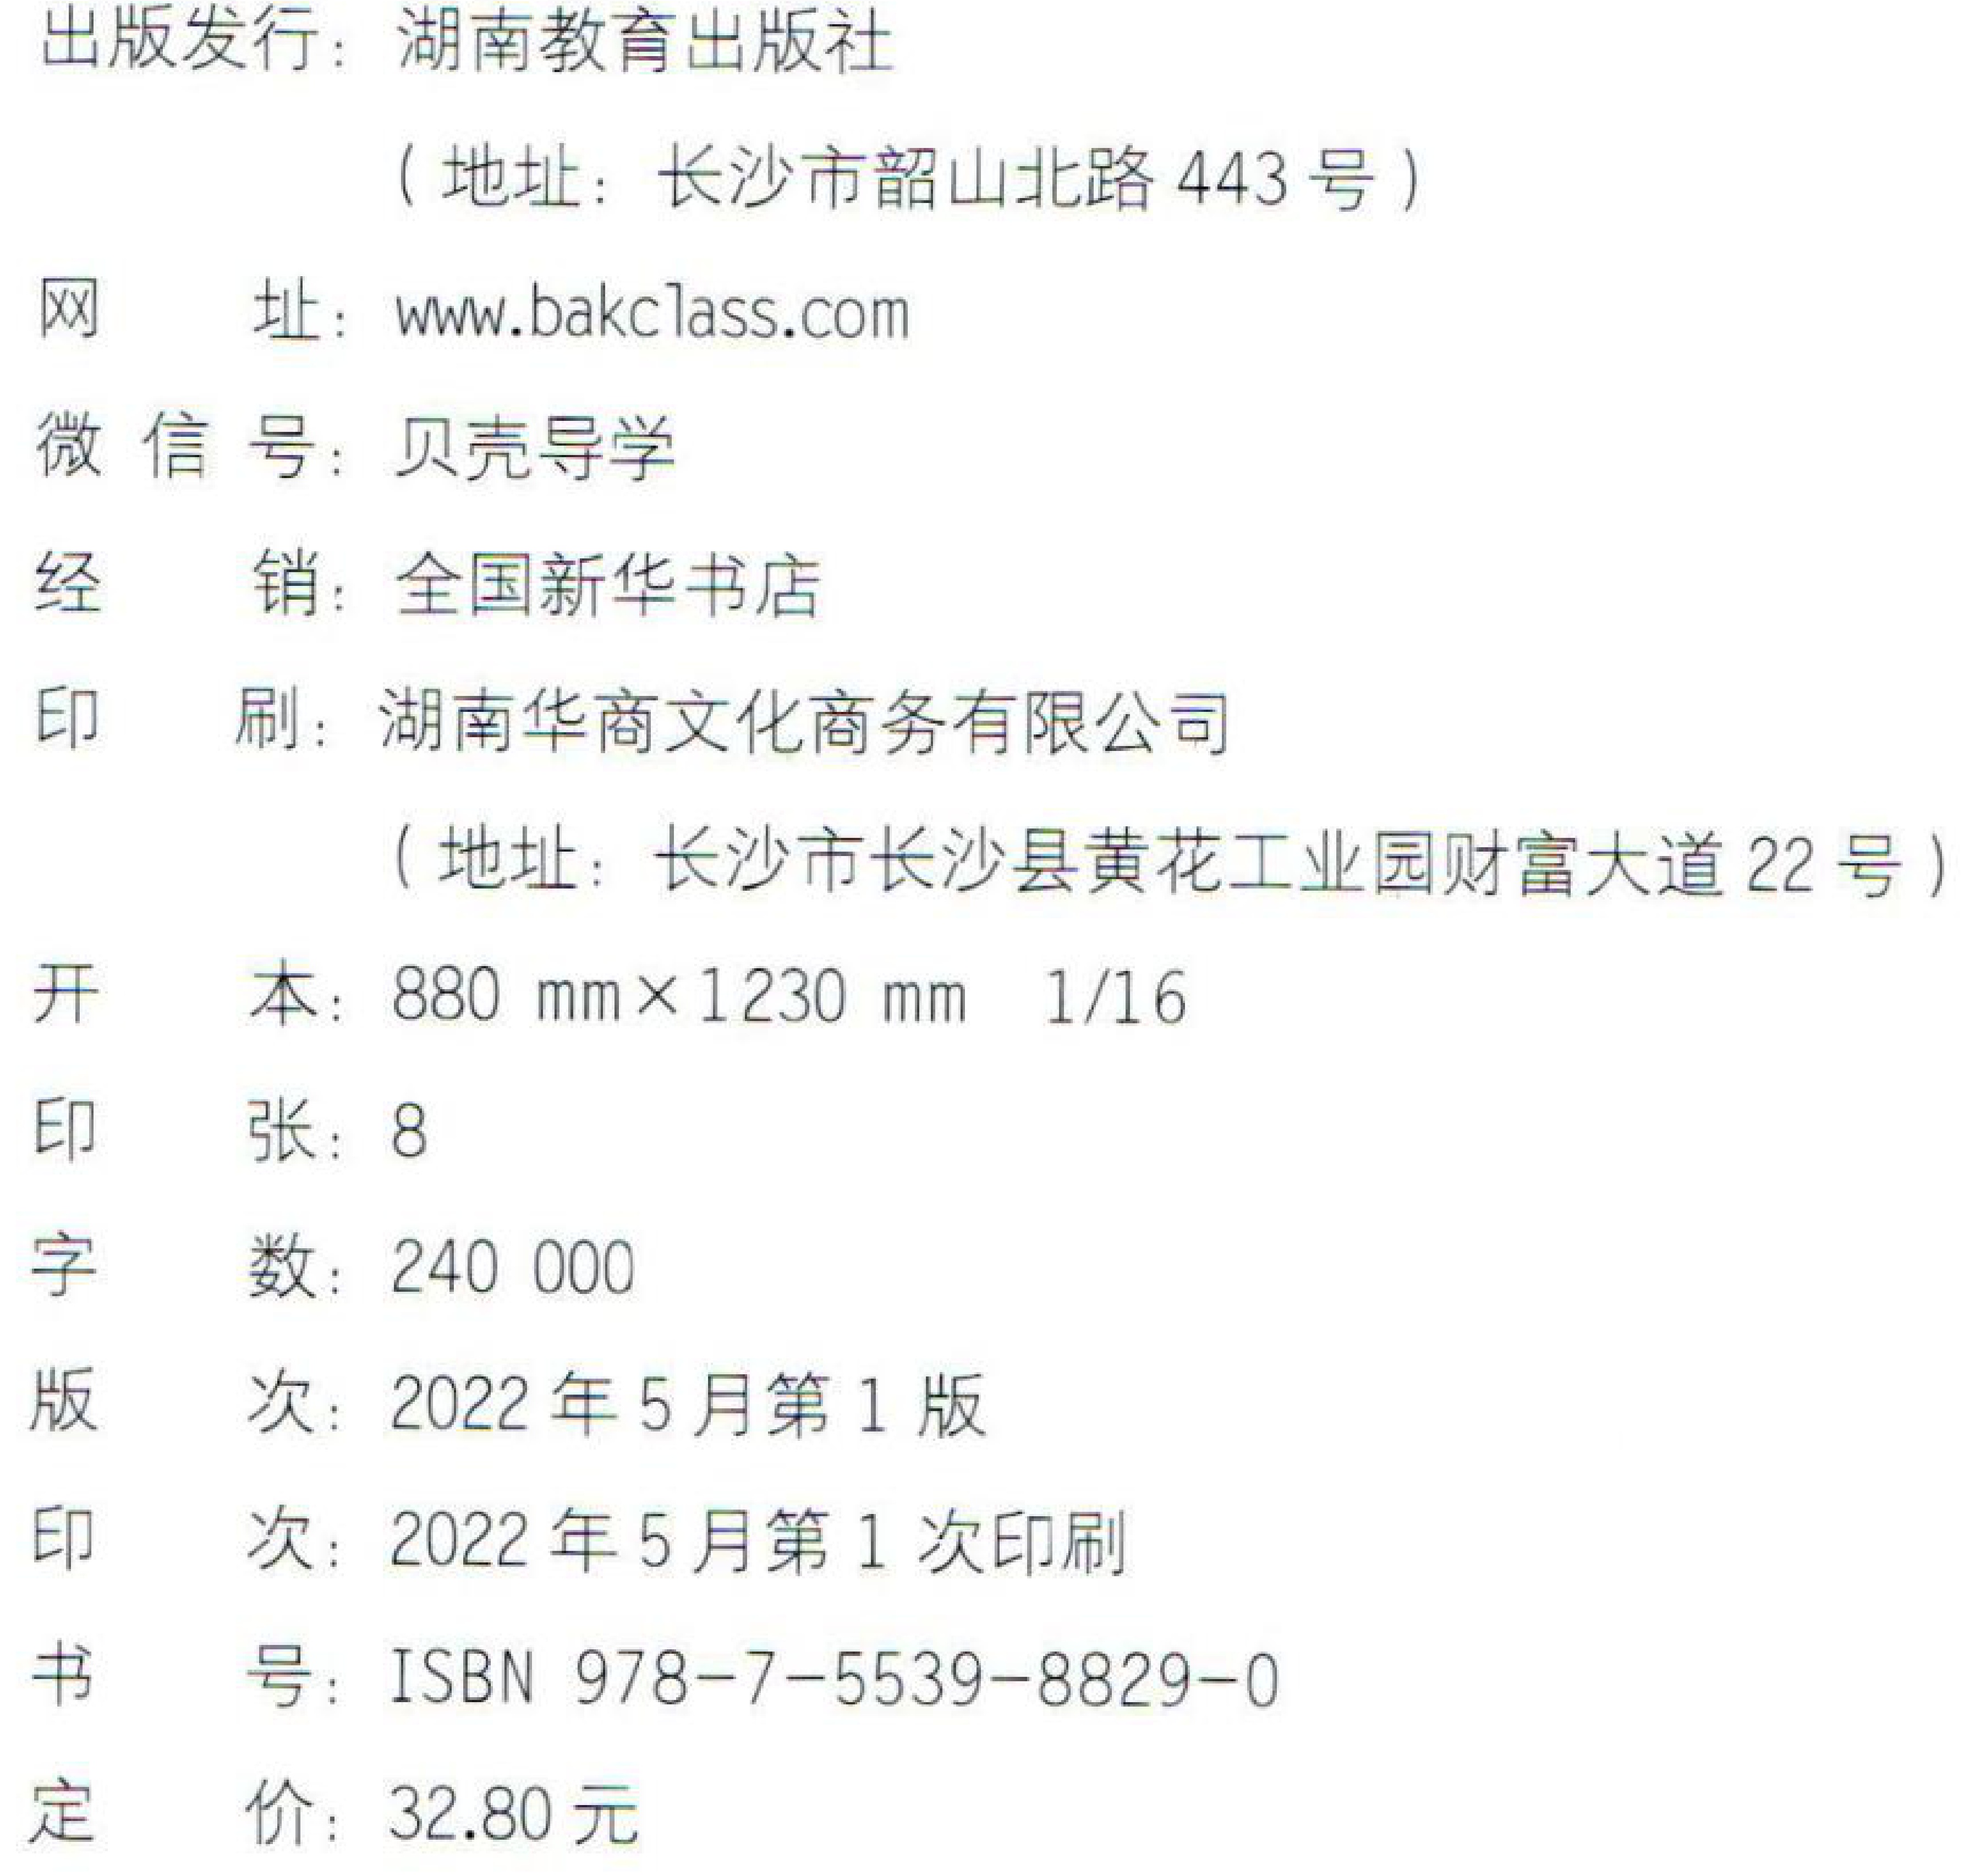
出版发行：湖南教育出版社
(地址：长沙市韶山北路443号)
网  址：www.bakclass.com
微信号：贝壳导学
经  销：全国新华书店
印  刷：湖南华商文化商务有限公司
(地址：长沙市长沙县黄花工业园财富大道22号)
开  本：880 mm×1230 mm 1/16
印  张：8
字  数：240 000
版  次：2022年5月第1版
印  次：2022年5月第1次印刷
书  号：ISBN 978-7-5539-8829-0
定  价：32.80元